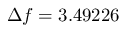
\Delta f = 3 . 4 9 2 2 6